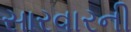
સારવારની